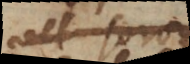
vel sorore